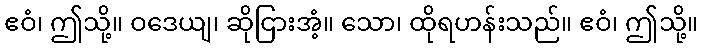
ဧဝံ၊ ဤသို့။ ဝဒေယျ၊ ဆိုငြားအံ့။ သော၊ ထိုရဟန်းသည်။ ဧဝံ၊ ဤသို့။